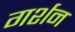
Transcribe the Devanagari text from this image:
गर्शन